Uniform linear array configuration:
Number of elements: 12
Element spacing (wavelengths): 0.25
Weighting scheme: blackman
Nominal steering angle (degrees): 30
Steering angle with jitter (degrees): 31.479
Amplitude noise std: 0.05
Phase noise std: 0.05

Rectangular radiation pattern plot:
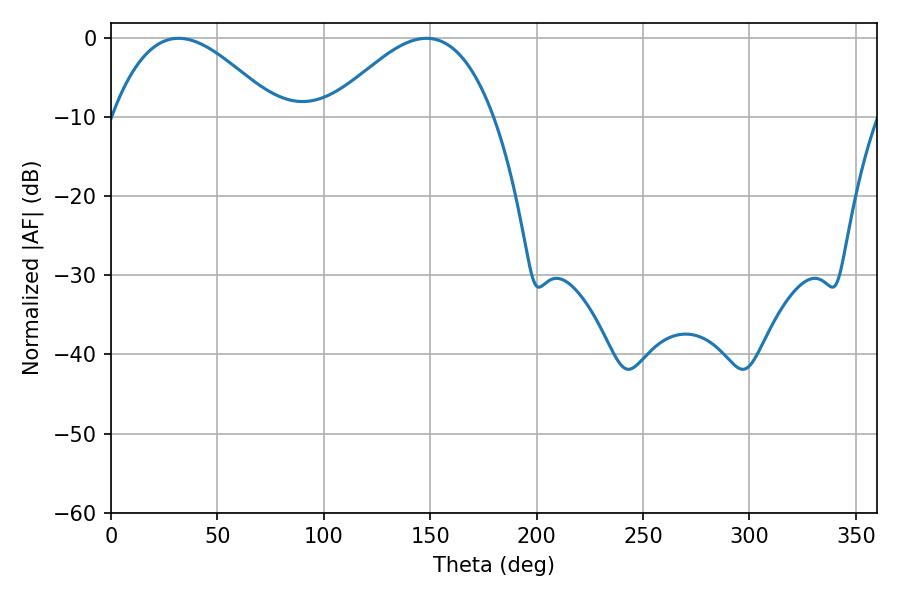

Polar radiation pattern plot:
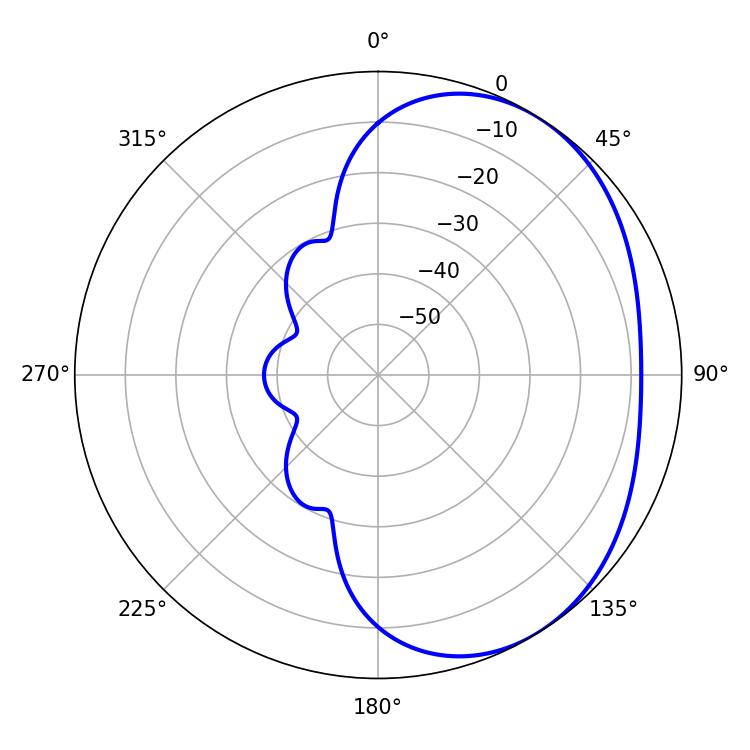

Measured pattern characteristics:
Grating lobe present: FALSE
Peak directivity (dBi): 3.216
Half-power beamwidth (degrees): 42.12
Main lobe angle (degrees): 31.68